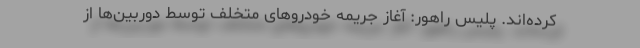
کرده‌اند. پلیس راهور: آغاز جریمه خودروهای متخلف توسط دوربین‌ها از